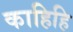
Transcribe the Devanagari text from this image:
काहिहि